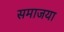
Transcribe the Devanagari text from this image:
समाजया